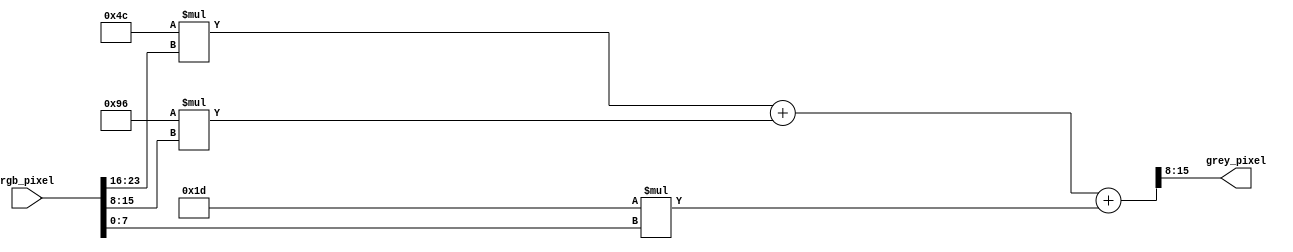
module rgb2grey_dsp(
  input [23:0] rgb_pixel,
  output [7:0] grey_pixel
);
  reg [7:0] red_c, green_c, blue_c;
  reg [15:0] summer;
  always @(*) begin
    red_c = 8'h4C;
    green_c = 8'h96;
    blue_c = 8'h1D;
    summer = (red_c * rgb_pixel[23:16]) + (green_c * rgb_pixel[15:8]) + (blue_c * rgb_pixel[7:0]);
  end
  assign grey_pixel = summer[15:8];
endmodule

/*
module rgb2grey_dsp(
  input [23:0] rgb_pixel,
  output [7:0] grey_pixel
);
  //initialization
  wire [15:0] summer;
  //constants
  integer red_c = 8'h4C;
  integer green_c = 8'h96;
  integer blue_c = 8'h1D;
  //multiplying summing and output
  assign summer = (red_c * rgb_pixel[23:16]) + (green_c * rgb_pixel[15:8]) + (blue_c * rgb_pixel[7:0]);
  assign grey_pixel = summer[15:8]; //Q8.0 * Q0.8 = Q8.8 
endmodule
*/